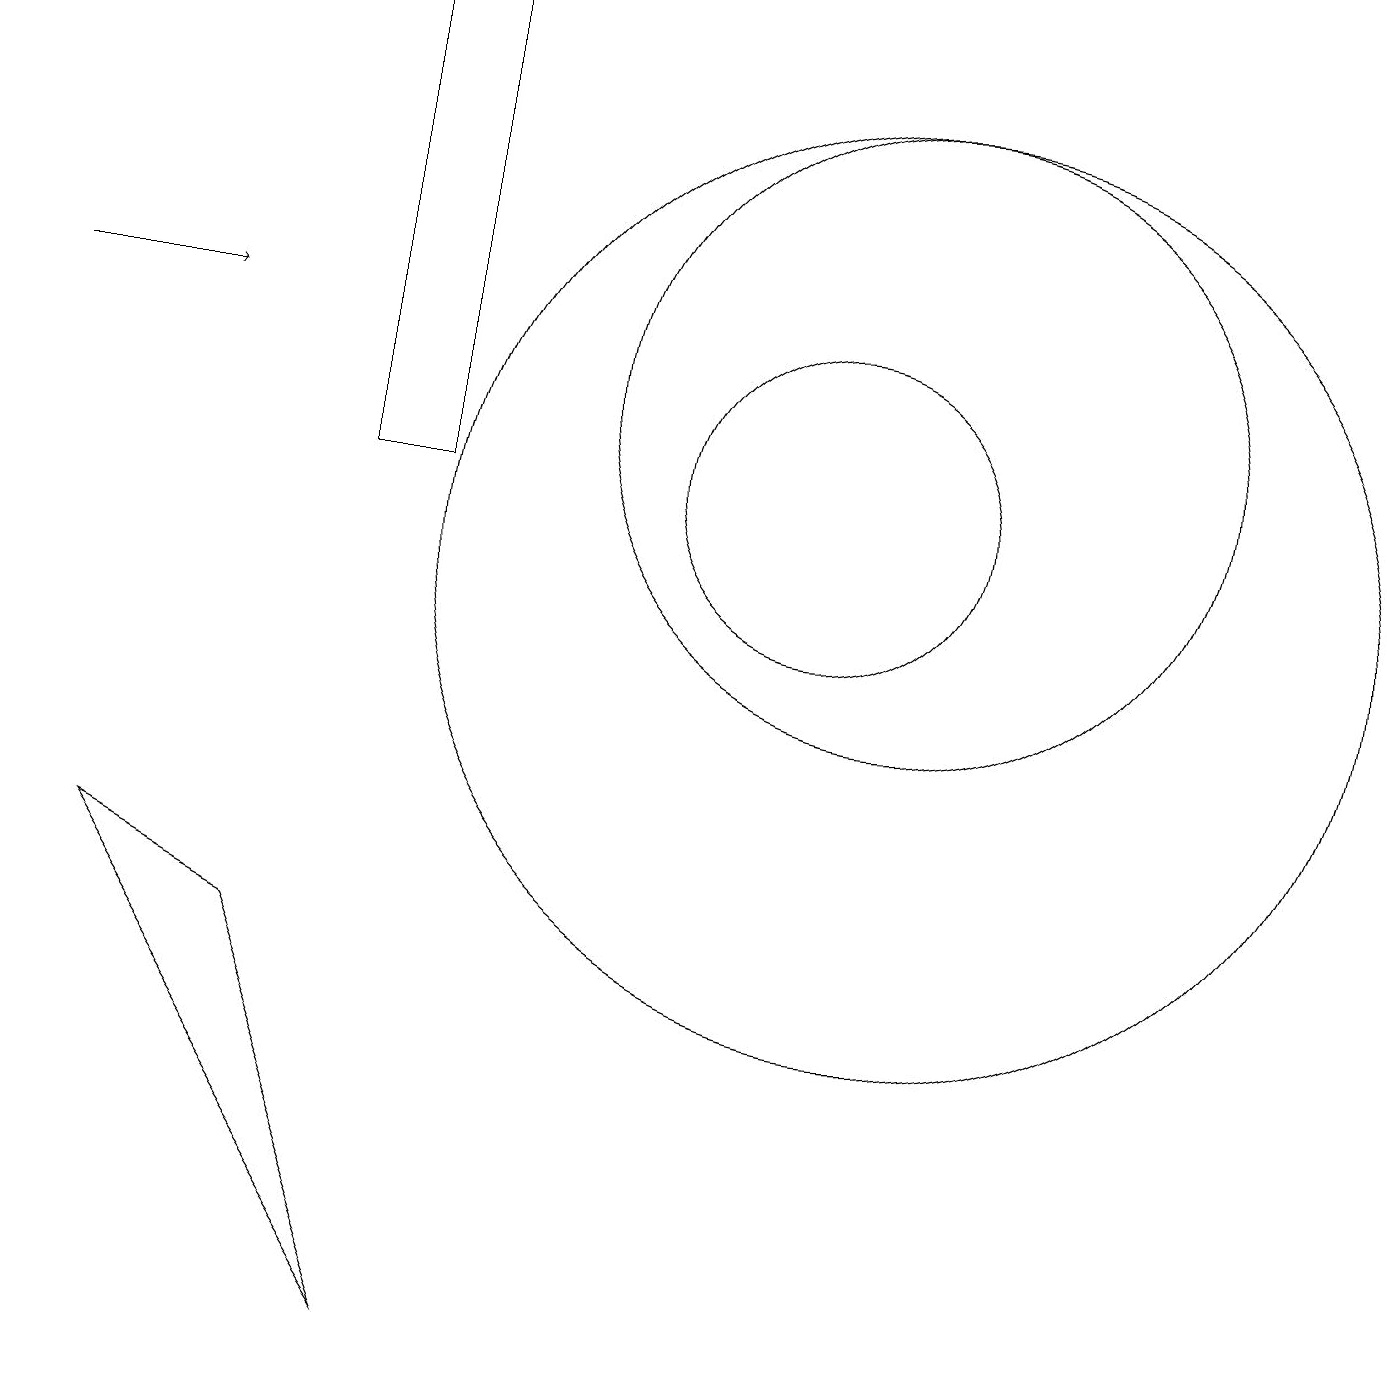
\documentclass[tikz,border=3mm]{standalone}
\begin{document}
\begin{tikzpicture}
\draw (11,12) circle (4);
\draw (4,11) rectangle (5,17);
\draw (11,10) circle (6);
\draw[->] (0,13) -- (2,13);
\draw (10,11) circle (2);
\draw (1,6) -- (5,0) -- (3,5) -- cycle;
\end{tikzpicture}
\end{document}